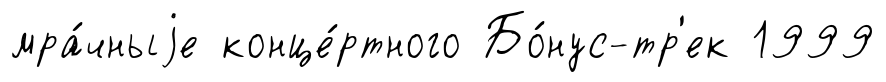
мра́чныjе конце́ртного Бо́нус-тр'ек 1999